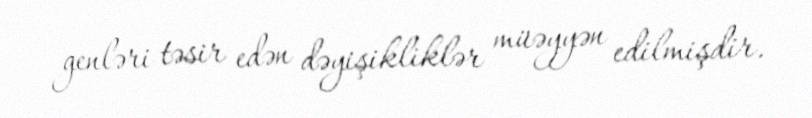
genləri təsir edən dəyişikliklər müəyyən edilmişdir.